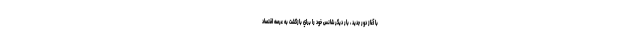
با آغاز دور جديد ، بار ديگر شانس خود را براي بازگشت به عرصه اقتصاد